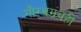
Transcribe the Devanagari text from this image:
गौरवग्रंथही